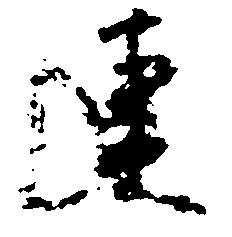
連